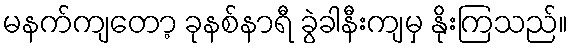
မနက်ကျတော့ ခုနစ်နာရီ ခွဲခါနီးကျမှ နိုးကြသည်။